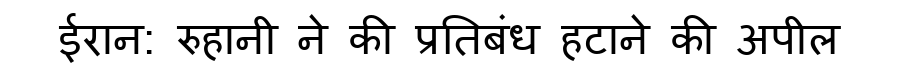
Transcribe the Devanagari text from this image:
ईरान: रुहानी ने की प्रतिबंध हटाने की अपील